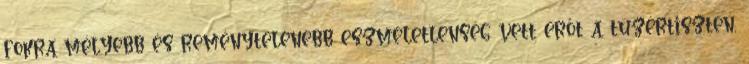
fokra mélyebb és reménytelenebb eszméletlenség vett erőt a tüzértiszten,